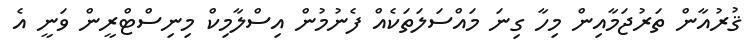
ޤުރުއާން ތަރުޖަމާއިން މިހާ ގިނަ މައްސަލަތަކެއް ފެނުމުން އިސްލާމިކް މިނިސްޓްރީން ވަނީ އެ